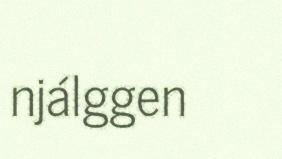
njálggen